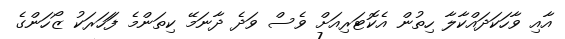
އާއި ވާހަކަދައްކާލާ ހިތުން އެކޮޓަރިއަށް ވެސް ވަދެ ދާނަމޭ ކިތަންމެ ފަަހަރަކު ޒޯހަންގެ